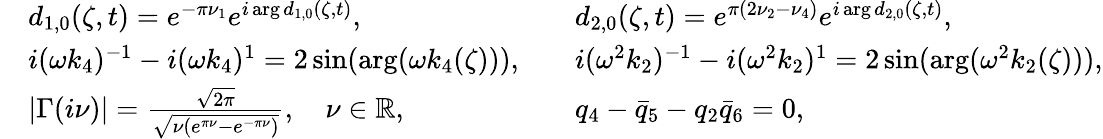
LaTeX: \begin{array}{rlrl}&{d_{1,0}(\zeta,t)=e^{-\pi\nu_{1}}e^{i\arg d_{1,0}(\zeta,t)},}&&{d_{2,0}(\zeta,t)=e^{\pi(2\nu_{2}-\nu_{4})}e^{i\arg d_{2,0}(\zeta,t)},}\\ &{i(\omega k_{4})^{-1}-i(\omega k_{4})^{1}=2\sin(\arg(\omega k_{4}(\zeta))),}&&{i(\omega^{2}k_{2})^{-1}-i(\omega^{2}k_{2})^{1}=2\sin(\arg(\omega^{2}k_{2}(\zeta))),}\\ &{|\Gamma(i\nu)|=\frac{\sqrt{2\pi}}{\sqrt{\nu(e^{\pi\nu}-e^{-\pi\nu})}},\quad\nu\in\mathbb{R},}&&{q_{4}-\bar{q}_{5}-q_{2}\bar{q}_{6}=0,}\end{array}